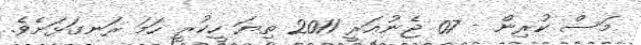
މަސް ކުރިން - 07 ޖެނުއަރީ 2011 ތިޔަ ހީކުރީ ހަމަ ރަނގަޅަށެވެ.